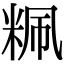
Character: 䊃